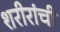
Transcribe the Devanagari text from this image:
शरीरांची